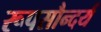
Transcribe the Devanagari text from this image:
रूपसौन्दर्य